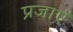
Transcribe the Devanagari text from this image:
प्रजाएँ